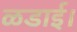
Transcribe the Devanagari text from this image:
ळडाई।